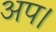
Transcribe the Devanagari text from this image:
अप।